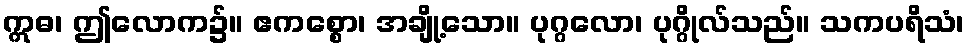
ဣဓ၊ ဤလောက၌။ ဧကစ္စော၊ အချို့သော။ ပုဂ္ဂလော၊ ပုဂ္ဂိုလ်သည်။ သကပရိသံ၊